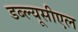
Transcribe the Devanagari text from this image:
डब्ल्यूसीएल